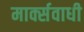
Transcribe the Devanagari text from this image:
मार्क्सवाधी